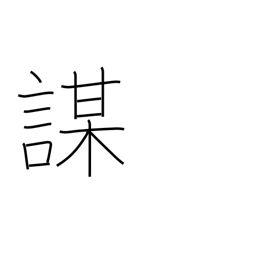
Meaning: cheat